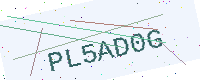
Text: PL5AD0G